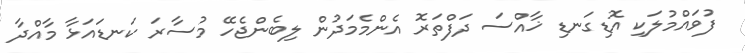
ފުވައްމުލަކި އޮޑިގަނޑި ޚާއްސަ ދަފްތަރޮ އެންމެމަދުން ލިބެންޖެހޭ މުސާރަ ކަނޑައަޅާ މާއްދާ